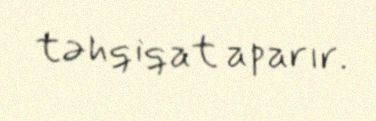
təhqiqat aparır.